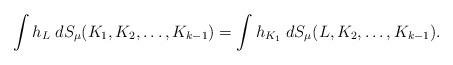
LaTeX: \begin{align*}\int h_L \; dS_\mu(K_1,K_2,\ldots, K_{k-1}) = \int h_{K_1} \; dS_\mu(L,K_2,\ldots, K_{k-1}).\end{align*}